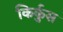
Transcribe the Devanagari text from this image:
किर्कुस